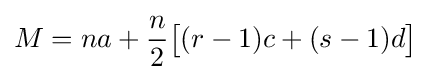
M=na+{\frac {n}{2}}{\big [}(r-1)c+(s-1)d{\big ]}